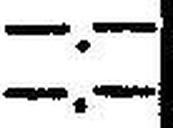
—.—